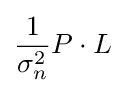
{\frac {1}{\sigma _{n}^{2}}}P\cdot L